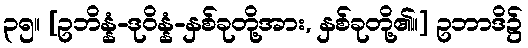
၃၅။ [ဥဘိန္နံ-ဒုဝိန္နံ-နှစ်ခုတို့အား, နှစ်ခုတို့၏။] ဥဘာဒိ၌